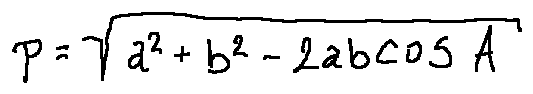
p = \sqrt { a ^ { 2 } + b ^ { 2 } - 2 a b \cos A }